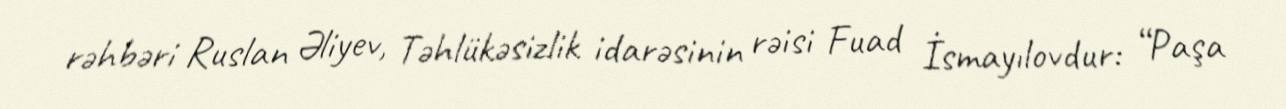
rəhbəri Ruslan Əliyev, Təhlükəsizlik idarəsinin rəisi Fuad İsmayılovdur: “Paşa